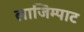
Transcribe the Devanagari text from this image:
लाजिम्पाट